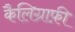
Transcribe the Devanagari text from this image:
कैलिग्राफ़ी